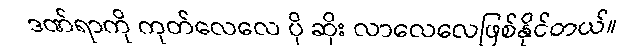
ဒဏ်ရာကို ကုတ်လေလေ ပို ဆိုး လာလေလေဖြစ်နိုင်တယ်။